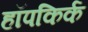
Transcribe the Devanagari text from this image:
हॉपकिर्क